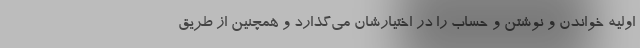
اولیه خواندن و نوشتن و حساب را در اختیارشان می‌گذارد و همچنین از طریق